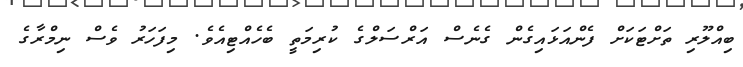
ބިއްލޫރި ތަށްޓަކަށް ފެންއަޅައިގެން ގެނެސް އަރްސަލްގެ ކުރިމަތީ ބެހެއްޓިއެވެ. މިފަހަރު ވެސް ނިމްރާގެ